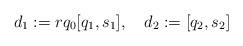
LaTeX: \begin{gather*} d_1 := r q_0 [q_1,s_1],\quad d_2 := [q_2,s_2] \end{gather*}